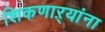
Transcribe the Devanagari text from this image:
शिकणाऱ्यांना